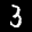
Label: 3